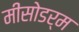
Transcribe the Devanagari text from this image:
मीसोडर्म